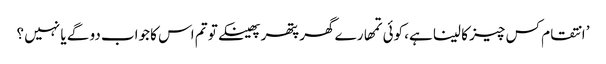
’ انتقام کس چیز کا لینا ہے، کوئی تمھارے گھر پتھر پھینکے تو تم اس کا جواب دو گے یا نہیں ؟